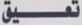
تعيق